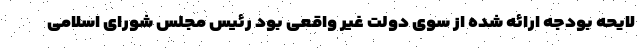
لایحه بودجه ارائه شده از سوی دولت غیر واقعی بود رئیس مجلس شورای اسلامی